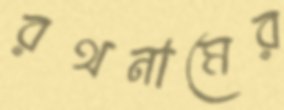
রথনামের